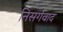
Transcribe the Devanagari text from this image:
निसर्गवाद